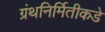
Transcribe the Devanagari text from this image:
ग्रंथनिर्मितीकडे